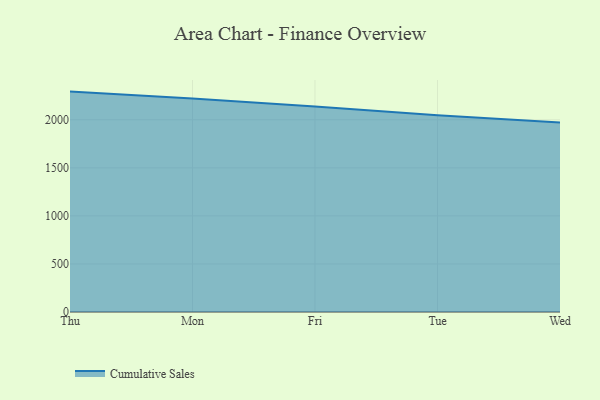
{"axis": {"x": "Day", "y": "Production Output"}, "legend": ["Cumulative Sales"], "data": [{"x": "Thu", "y": 2293.3, "type": "Cumulative Sales"}, {"x": "Mon", "y": 2220.4, "type": "Cumulative Sales"}, {"x": "Fri", "y": 2139.2, "type": "Cumulative Sales"}, {"x": "Tue", "y": 2047.6, "type": "Cumulative Sales"}, {"x": "Wed", "y": 1972.3, "type": "Cumulative Sales"}]}